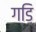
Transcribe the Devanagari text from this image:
गडि